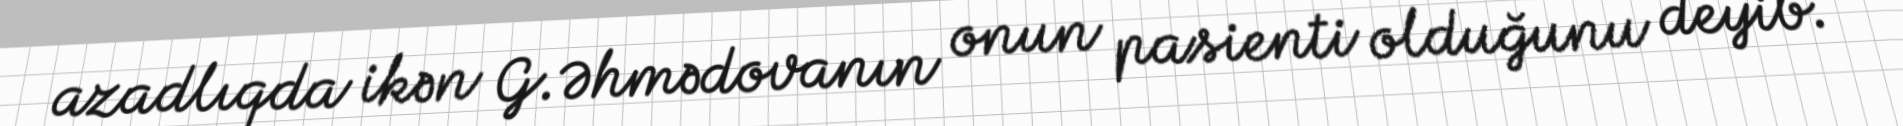
azadlıqda ikən G.Əhmədovanın onun pasienti olduğunu deyib.